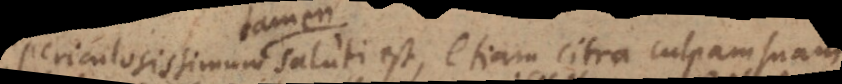
Periculosissimum saluti est, etiam citra culpam suam